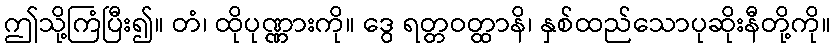
ဤသို့ကြံပြီး၍။ တံ၊ ထိုပုဏ္ဏားကို။ ဒွေ ရတ္တဝတ္ထာနိ၊ နှစ်ထည်သောပုဆိုးနီတို့ကို။